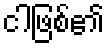
ငါဖြစ်၏